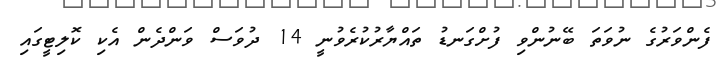
ފެންވަރުގެ ނުވަތަ ބޭނުންވި ފުށްގަނޑު ތައްޔާރުކުރެވުނީ 14 ދުވަސް ވަންދެން އެކި ކޮލިޓީގައި